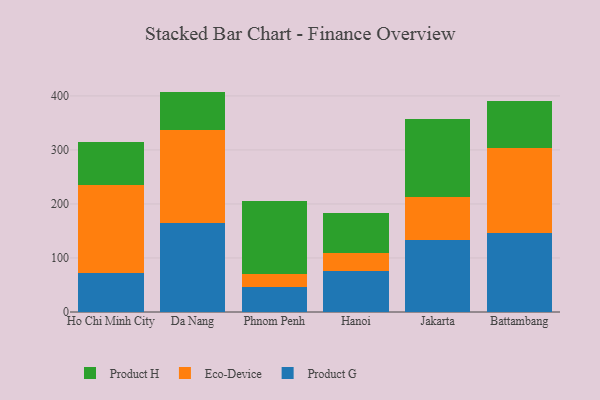
{"axis": {"x": "City", "y": "Tickets Resolved"}, "legend": ["Eco-Device", "Product G", "Product H"], "data": [{"x": "Ho Chi Minh City", "y": 72.1, "type": "Product G"}, {"x": "Ho Chi Minh City", "y": 163.7, "type": "Eco-Device"}, {"x": "Ho Chi Minh City", "y": 79.5, "type": "Product H"}, {"x": "Da Nang", "y": 164.6, "type": "Product G"}, {"x": "Da Nang", "y": 172.1, "type": "Eco-Device"}, {"x": "Da Nang", "y": 71.3, "type": "Product H"}, {"x": "Phnom Penh", "y": 46.4, "type": "Product G"}, {"x": "Phnom Penh", "y": 23.8, "type": "Eco-Device"}, {"x": "Phnom Penh", "y": 134.7, "type": "Product H"}, {"x": "Hanoi", "y": 75.7, "type": "Product G"}, {"x": "Hanoi", "y": 33.7, "type": "Eco-Device"}, {"x": "Hanoi", "y": 73.8, "type": "Product H"}, {"x": "Jakarta", "y": 134.2, "type": "Product G"}, {"x": "Jakarta", "y": 78.0, "type": "Eco-Device"}, {"x": "Jakarta", "y": 145.1, "type": "Product H"}, {"x": "Battambang", "y": 147.1, "type": "Product G"}, {"x": "Battambang", "y": 156.1, "type": "Eco-Device"}, {"x": "Battambang", "y": 87.2, "type": "Product H"}]}